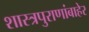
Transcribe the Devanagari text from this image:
शास्त्रपुराणांबाहेर